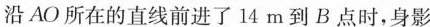
沿 AO 所在的直线前进了 14 m到 B 点时，身影